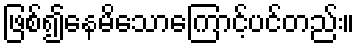
ဖြစ်၍နေမိသောကြောင့်ပင်တည်း။